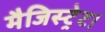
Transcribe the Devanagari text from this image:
मैजिस्ट्रेट।